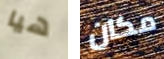
هيا مكان